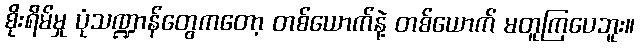
စိုးရိမ်မှု ပုံသဏ္ဍာန်တွေကတော့ တစ်ယောက်နဲ့ တစ်ယောက် မတူကြပေဘူး။